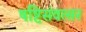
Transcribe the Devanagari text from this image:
षष्टिसंवत्सर